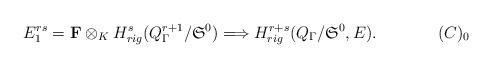
LaTeX: \begin{align*}E_{1}^{rs}={\bf F}\otimes_{K}H^s_{rig}(Q_{\Gamma}^{r+1}/{\mathfrak S}^0)\Longrightarrow H^{r+s}_{rig}(Q_{\Gamma}/{\mathfrak S}^0,E)\tag*{$(C)_{0}$}.\end{align*}